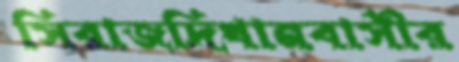
সিরাজদিখানবাসীর